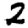
Digit: 2